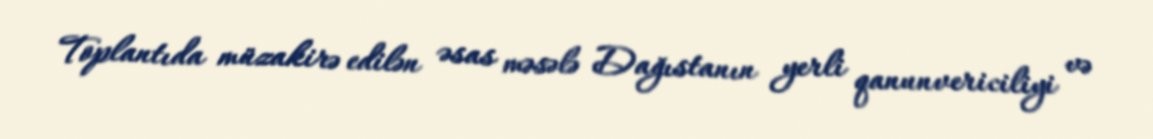
Toplantıda müzakirə edilən əsas məsələ Dağıstanın yerli qanunvericiliyi və